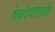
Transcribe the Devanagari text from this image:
देवदेवतांशी